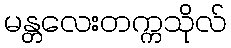
မန္တလေးတက္ကသိုလ်